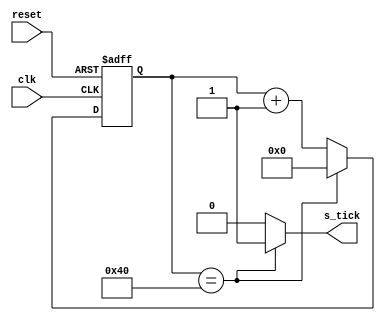
/************************************************************************************
*     The UART design files are owned and controlled by Eleptic Technologies    	*
*	  and must be used only for laboratory experiments for the course "Computer  	*
*     Architecture" offered in Habib University. It is not allowed to edit these 	*
*	  files without prior permission from Eleptic Technologies. Furthermore, the 	*
*	  design files can only be used with the Eleptic Technologies devices and/or 	*
*	  software. Use with non-Eleptic devices or softwares is strictly prohibited 	*
*     and immediately terminates your license.                                 		*
*                                                              		                *
*	  Developer:	Hasan Baig														*
*	  Vendor: 		Eleptic Technologies											*
*																					*
*     (c) Copyright 2018-2019 Eleptic Technologies,                                 *
*     All rights reserved.                                          	            *
************************************************************************************/

module mod_m_counter
#( parameter 	M=65, 	// mod-M // changing to 65 from 123
				N=8 	 // no of data bits  
)

(
	input	clk, 
	input	reset,
	output 	s_tick
);



// signal declaration

reg 	[N-1:0] r_reg;
wire 	[N-1:0] r_next ;

// body

always @ ( posedge clk , posedge reset)
begin
	if (reset)
		r_reg <= 0 ;
	else
		r_reg <= r_next;
end

// next-state logic
assign r_next = (r_reg == (M-1)) ? 0 : r_reg + 1'b1;

// output logic
//assign q = r_reg;
assign s_tick = (r_reg == (M-1)) ?  1'b1 : 1'b0;

endmodule